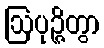
ဩပုဉ္ဇိတွာ